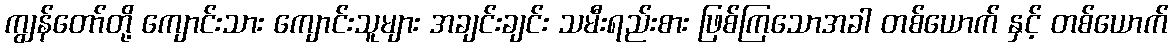
ကျွန်တော်တို့ ကျောင်းသား ကျောင်းသူများ အချင်းချင်း သမီးရည်းစား ဖြစ်ကြသောအခါ တစ်ယောက် နှင့် တစ်ယောက်